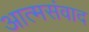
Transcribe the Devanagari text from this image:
आत्मसंवाद